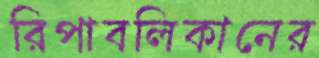
রিপাবলিকানের